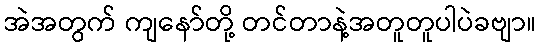
အဲအတွက် ကျနော်တို့ တင်တာနဲ့အတူတူပါပဲခဗျာ။